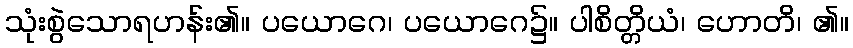
သုံးစွဲသောရဟန်း၏။ ပယောဂေ၊ ပယောဂေ၌။ ပါစိတ္တိယံ၊ ဟောတိ၊ ၏။